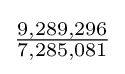
{\tfrac {9,289,296}{7,285,081}}